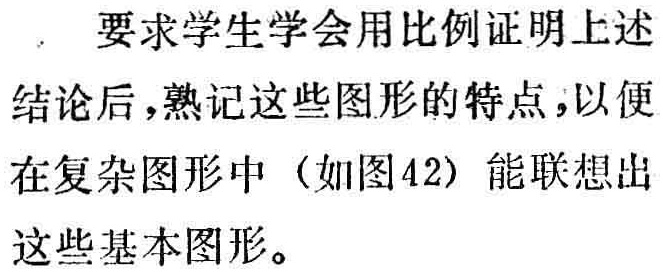
要求学生学会用比例证明上述结论后，熟记这些图形的特点，以便在复杂图形中（如图42）能联想出这些基本图形。